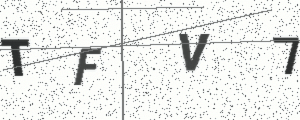
Text: TFV7